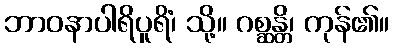
ဘာဝနာပါရိပူရိံ၊ သို့။ ဂစ္ဆန္တိ၊ ကုန်၏။